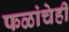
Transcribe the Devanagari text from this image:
फळांचेही